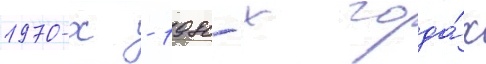
1970-х - 1980-х года́х